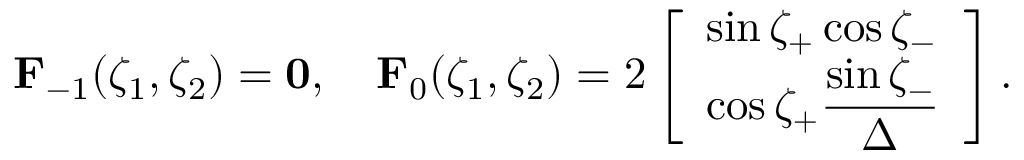
\mathbf F _ { - 1 } ( \zeta _ { 1 } , \zeta _ { 2 } ) = \mathbf 0 , \quad \mathbf F _ { 0 } ( \zeta _ { 1 } , \zeta _ { 2 } ) = 2 \left[ \begin{array} { l } { \sin \zeta _ { + } \cos \zeta _ { - } } \\ { \cos \zeta _ { + } \displaystyle \frac { \sin \zeta _ { - } } \Delta } \end{array} \right] .